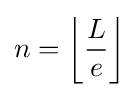
n=\left\lfloor {\frac {L}{e}}\right\rfloor